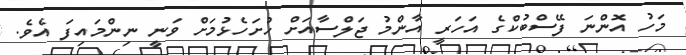
މަހު އޮންނަ ފޭސްބުކްގެ އަހަރީ އާންމު ޖަލްސާއަށް ހުށަހެޅުމަށް ވަނީ ނިންމައިފަ އެވެ.